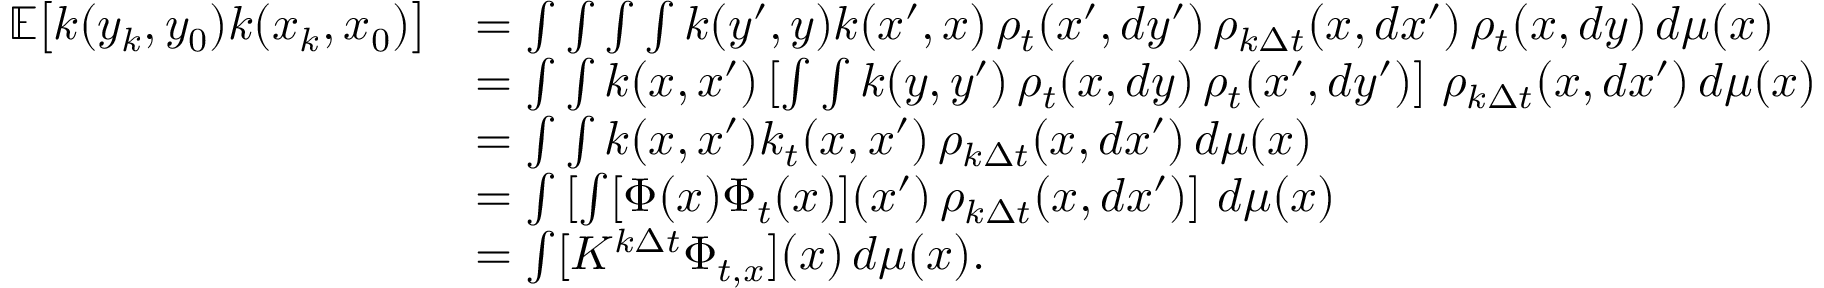
\begin{array} { r l } { \mathbb E \big [ k ( y _ { k } , y _ { 0 } ) k ( x _ { k } , x _ { 0 } ) \big ] } & { = \int \int \int \int k ( y ^ { \prime } , y ) k ( x ^ { \prime } , x ) \, \rho _ { t } ( x ^ { \prime } , d y ^ { \prime } ) \, \rho _ { k \Delta t } ( x , d x ^ { \prime } ) \, \rho _ { t } ( x , d y ) \, d \mu ( x ) } \\ & { = \int \int k ( x , x ^ { \prime } ) \left[ \int \int k ( y , y ^ { \prime } ) \, \rho _ { t } ( x , d y ) \, \rho _ { t } ( x ^ { \prime } , d y ^ { \prime } ) \right] \, \rho _ { k \Delta t } ( x , d x ^ { \prime } ) \, d \mu ( x ) } \\ & { = \int \int k ( x , x ^ { \prime } ) k _ { t } ( x , x ^ { \prime } ) \, \rho _ { k \Delta t } ( x , d x ^ { \prime } ) \, d \mu ( x ) } \\ & { = \int \left[ \int [ \Phi ( x ) \Phi _ { t } ( x ) ] ( x ^ { \prime } ) \, \rho _ { k \Delta t } ( x , d x ^ { \prime } ) \right] \, d \mu ( x ) } \\ & { = \int [ K ^ { k \Delta t } \Phi _ { t , x } ] ( x ) \, d \mu ( x ) . } \end{array}